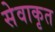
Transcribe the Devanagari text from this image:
सेवाकृत